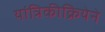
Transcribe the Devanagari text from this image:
यांत्रिकीक्रियेने